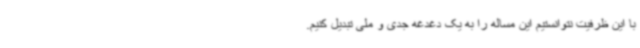
با این ظرفیت نتوانستیم این مساله را به یک دغدغه جدی و ملی تبدیل کنیم.